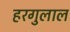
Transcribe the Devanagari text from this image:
हरगुलाल